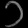
Digit: ၁